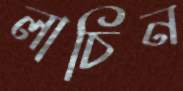
লাচিন